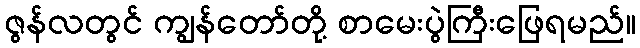
ဇွန်လတွင် ကျွန်တော်တို့ စာမေးပွဲကြီးဖြေရမည်။